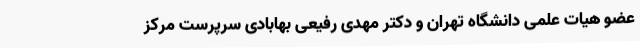
عضو هیات علمی دانشگاه تهران و دکتر مهدی رفیعی بهابادی سرپرست مرکز